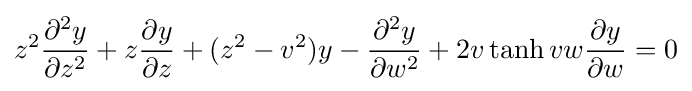
z^{2}{\dfrac {\partial ^{2}y}{\partial z^{2}}}+z{\dfrac {\partial y}{\partial z}}+(z^{2}-v^{2})y-{\dfrac {\partial ^{2}y}{\partial w^{2}}}+2v\tanh vw{\dfrac {\partial y}{\partial w}}=0